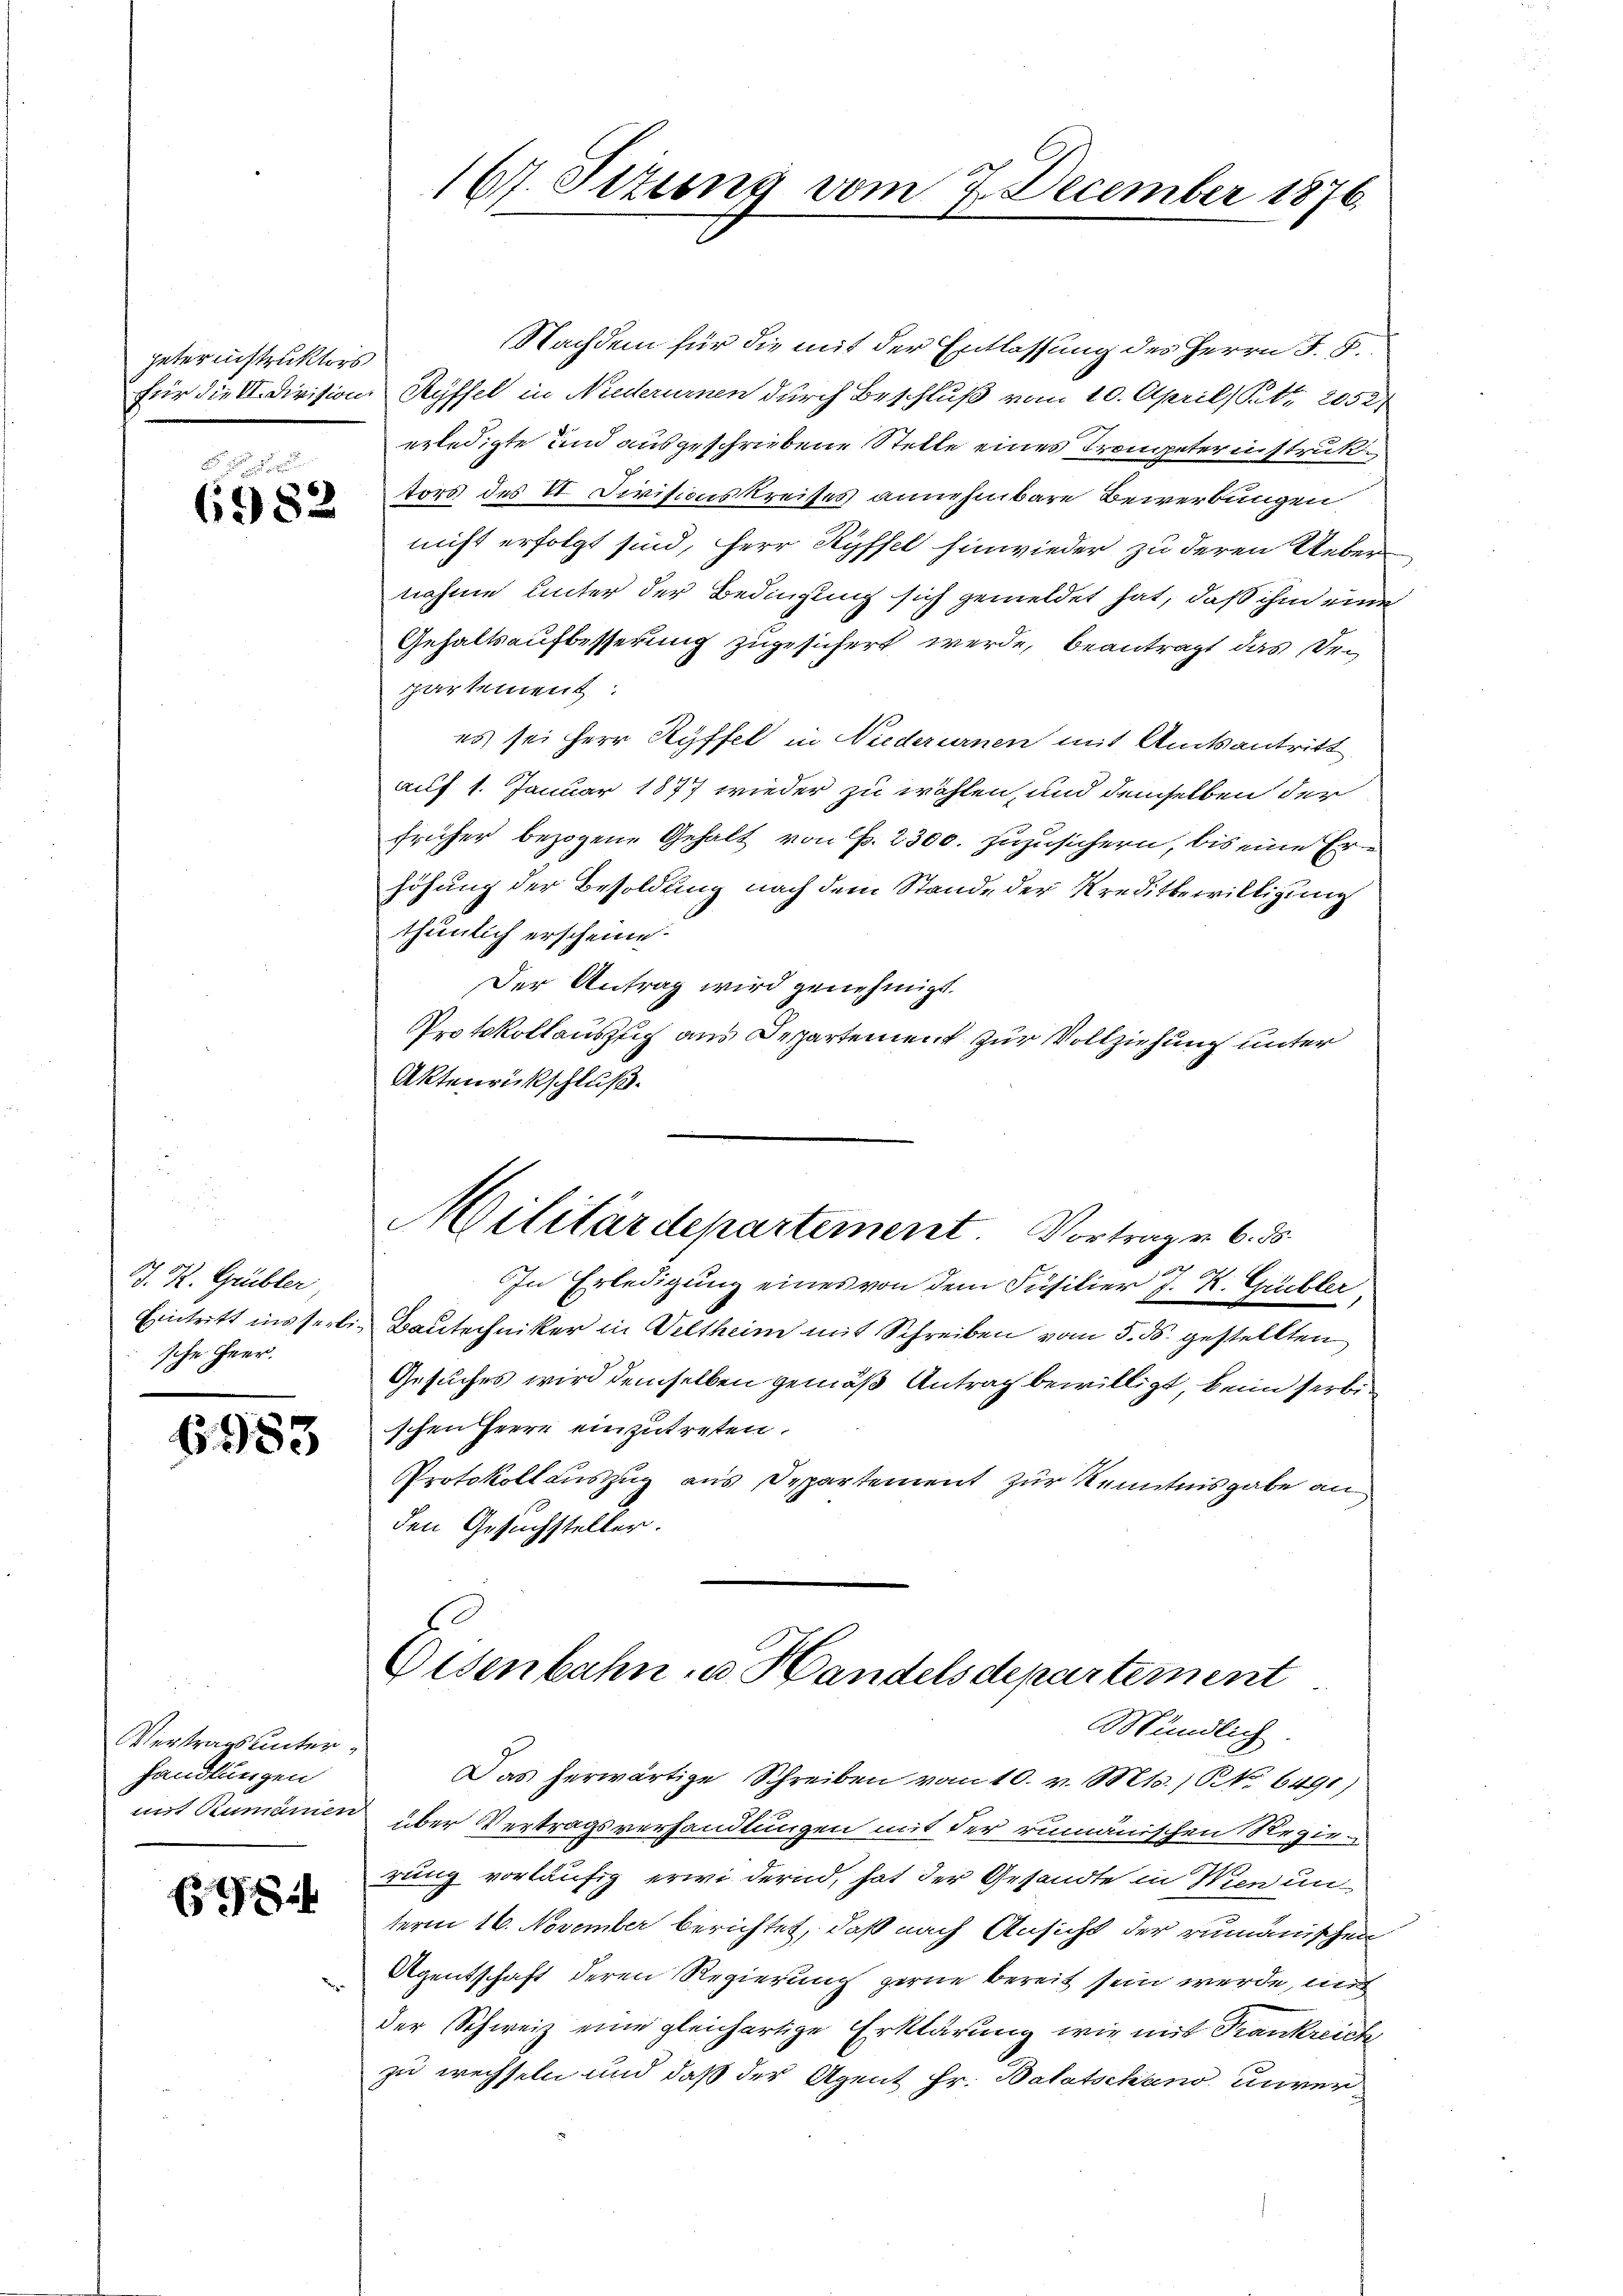
peterinstrukters
für die II. Division

6982

J. P. Grübler,
Eintritt insserlische Heer.

6983

Vertrags unterhandlungen

8

167. Sitzung vom 7. December 1876.

Nachdem für die mit der Entlassung des Herrn J. S.
Ryffel in Niederurnen durch Beschluß vom 10. April, Petr. 2052
erledigte und ausgeschriebene Stelle eines Trompeterinstruk
tors des VI. Divisions Kreises annehmbare Bewerbungen
nicht erfolgt sind, Herr Ryffel hinwieder zu deren Uebernahme unter der Bedingung sich gemeldet hat, daß ihm eine
Gehaltsaufbesserung zugesichert werde, beantragt das Ver
partement
es sei Herr Ryffel in Niederurnen mit Amtsantritt
auf 1. Januar 1877 wieder zu wählen, und demselben der
früher bezogene Gehalt von P. 2300. zuzusichern, bis eine Erhöhung der Besoldung nach dem Stande der Kreditbewilligung
thunlich erscheine.
Der Antrag wird genehmigt.
Protokollausuch aus Departement zur Vollziehung unter
Aktenrückschluß.
Militärdepartement. Vortragen 6. ds.
In Erledigung eines von dem Füsilier J. K. Grübler,
Bautechniker in Veltheim mit Schreiben vom 5. ds. gestellten
Gesuches wird demselben gemäß Antrag bewilligt, beim serbin
schen Herre einzutreten.
Protokoll auszug aus Departement zur Kenntnisgabe an
den Gesuchsteller.

Eisenbahn u. Handelsdepartement

Mündlich.
Das herwärtige Schreiben vom 10. v. Mts. / NNo. 6491)
mit Rumänien über Vertragsverhandlungen mit der rumänischen Regierung vorläufig erwidernd, hat der Gesandte in Wien un
term 16. November berichtet, daß nach Ansicht der rumänischen
Agentschaft deren Regierung gerne bereit sein werde, mit
der Schweiz eine gleichartige Erklärung wie mit Frankreich
zu wechseln und daß der Agent Hr. Batatschano unver¬